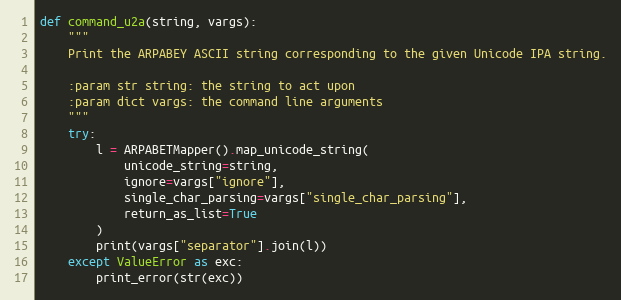
Language: Python
def command_u2a(string, vargs):
    """
    Print the ARPABEY ASCII string corresponding to the given Unicode IPA string.

    :param str string: the string to act upon
    :param dict vargs: the command line arguments
    """
    try:
        l = ARPABETMapper().map_unicode_string(
            unicode_string=string,
            ignore=vargs["ignore"],
            single_char_parsing=vargs["single_char_parsing"],
            return_as_list=True
        )
        print(vargs["separator"].join(l))
    except ValueError as exc:
        print_error(str(exc))